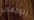
يتوجهون